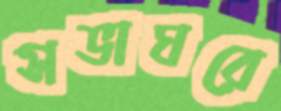
সভাঘরে